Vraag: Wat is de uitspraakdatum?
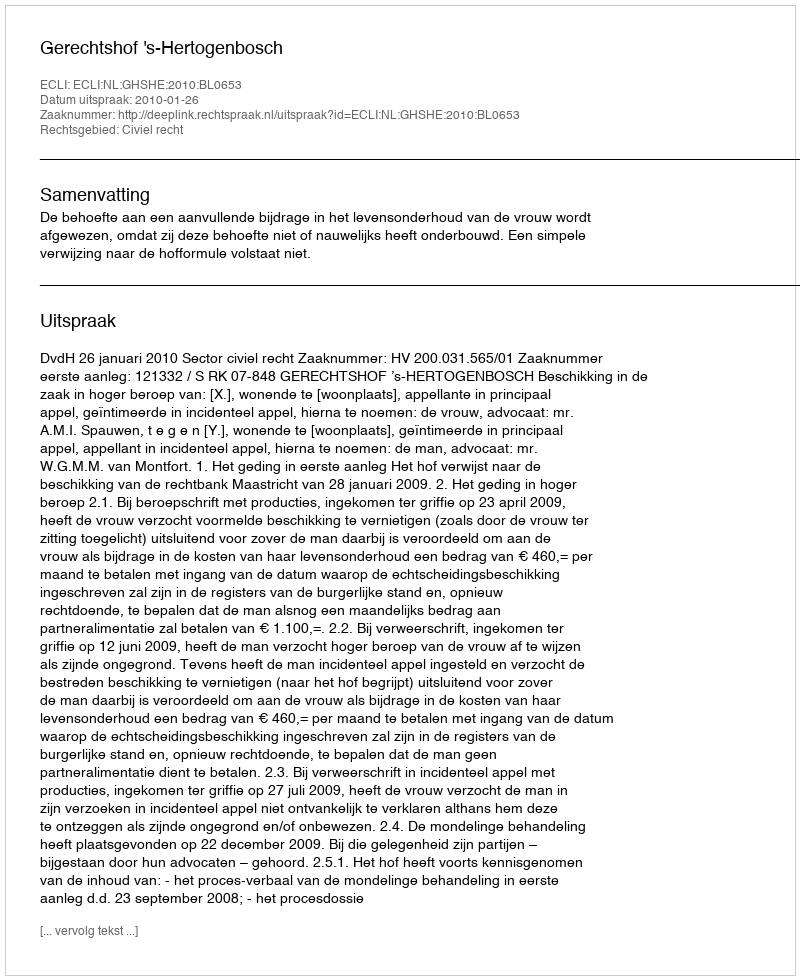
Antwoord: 2010-01-26